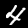
Digit: 4